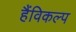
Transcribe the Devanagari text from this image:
हैंविकल्प